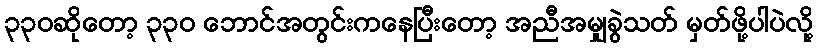
၃၃၀ဆိုတော့ ၃၃၀ ဘောင်အတွင်းကနေပြီးတော့ အညီအမျှခွဲသတ် မှတ်ဖို့ပါပဲလို့